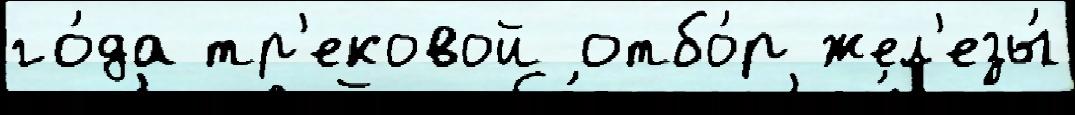
го́да тр'ековой отбо́р жел'езы́